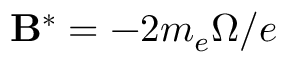
{ \mathbf B ^ { * } = - 2 m _ { e } \boldsymbol \Omega / e }